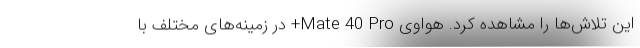
این تلاش‌ها را مشاهده کرد. هواوی Mate 40 Pro+ در زمینه‌های مختلف با